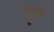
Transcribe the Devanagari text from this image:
द्दृढ